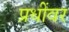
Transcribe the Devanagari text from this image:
प्रधींवर